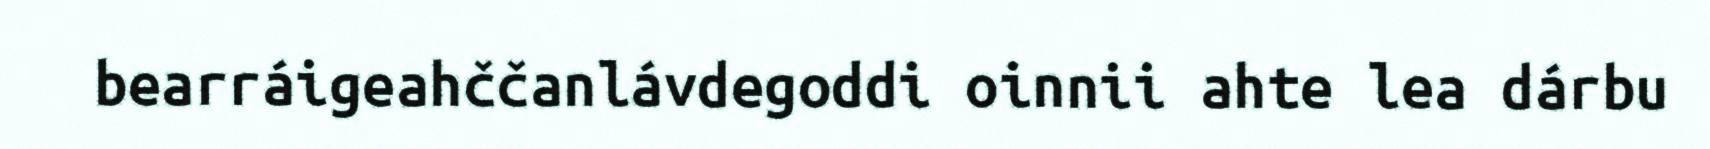
bearráigeahččanlávdegoddi oinnii ahte lea dárbu